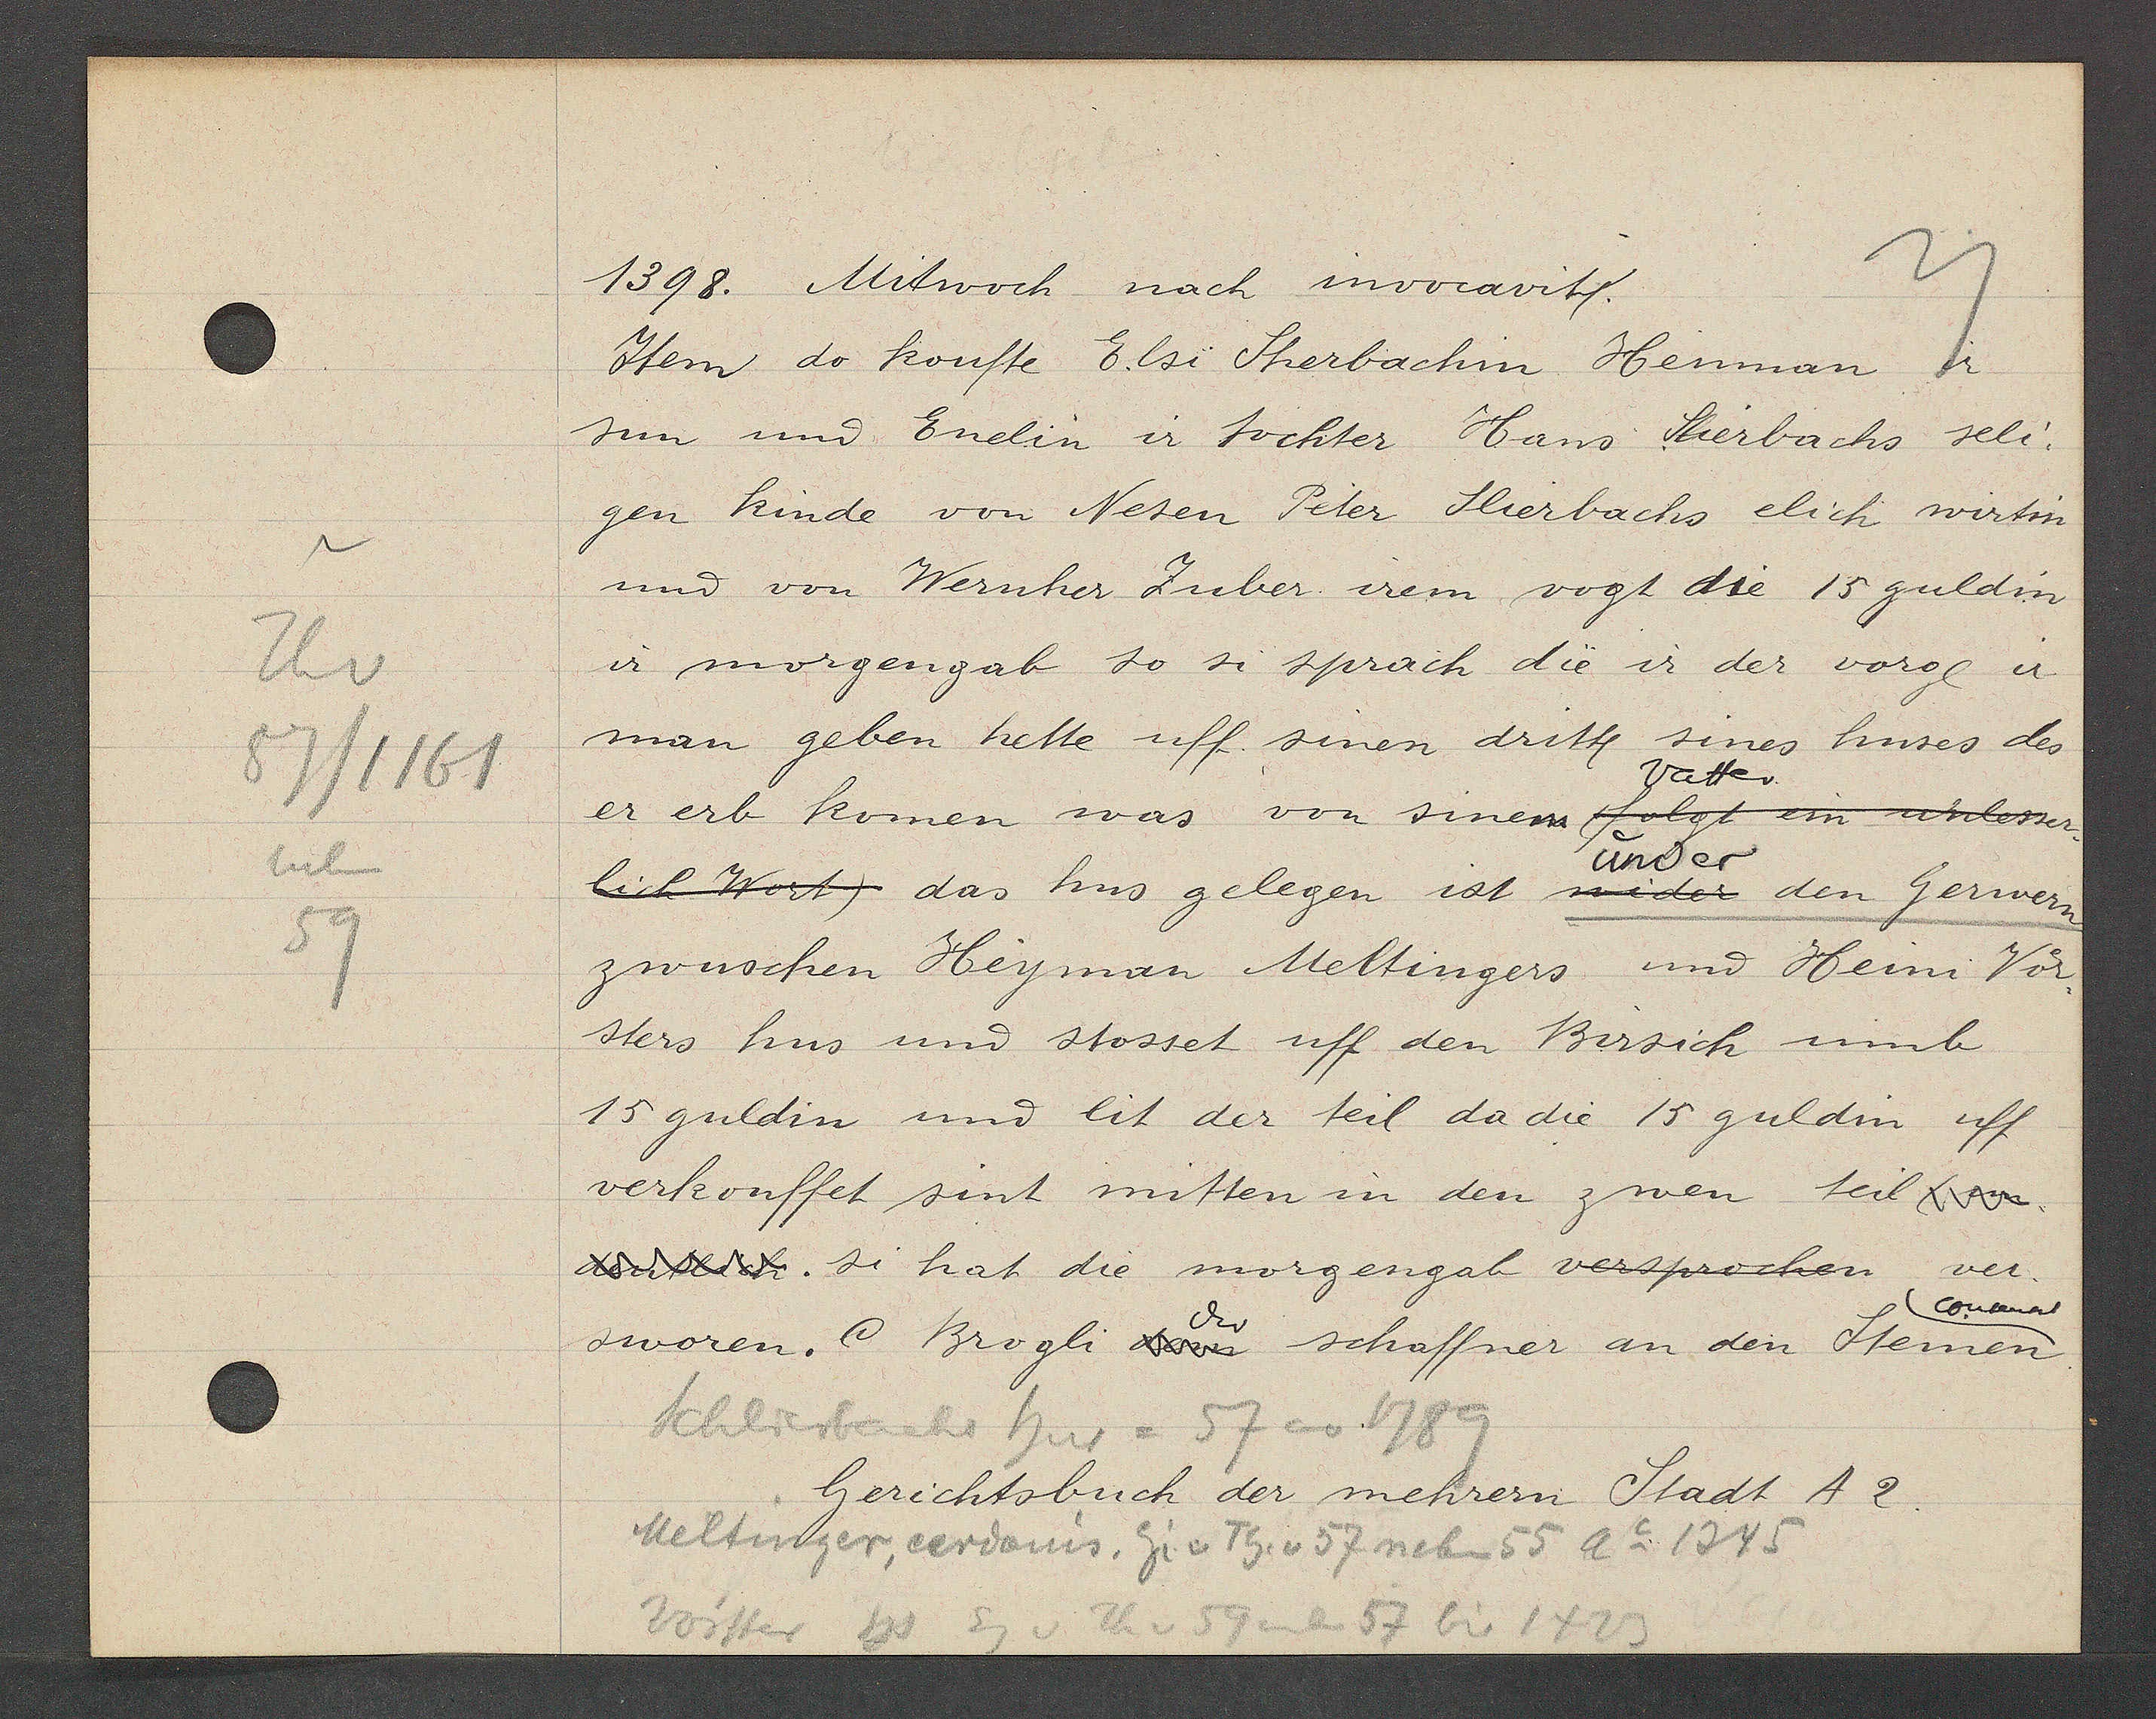
Transcript:
Th v
57/1161
neben
59

1398. Mitwoch nach invocavit.

Item do kouffe E.lsi Sherbachin Henman r.
sun und Enelin ir tochter Hans Sherbachs seli.
gen kinde von Nesen Peter Slierbachs elich wirtin
und von Wernher Zuber irem vogt die 15 guldin
ir morgengab so si sprach die ir der vorgl ir
man geben hette uff sinen dritt sines huses des
Vatter
er erb komen was von sinem (folgt ein widerser
under
lich Worst) das hus gelegen ist mider den Gerwern
zwuschen Heyman Meltingers und Heini Vor
sters hus und stosset uff den Birsich umb
15 guldin und lit der teil da die 15 guldin uff
verkouffet sint mitten in den zwen teil fowe.
dethlh. si hat die morgengab versprochen ver¬
convent
sworen. Brogli dem der schaffner an den Steinen.

Schlierbachs hus = 57 ao 1789
Meltinger, eerdonis, Eig. v. Th. v 57 neben 55 Ao 1345
Vorster hs Eg v Th v 59 neben 57 bis 1423

Gerichtsbuch der mehrern Stadt A2.